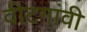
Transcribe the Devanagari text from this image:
वीटगांवी